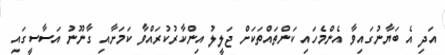
އަދި އެ ބަޔާނުގައިވާ އެންމެހައި ކަންތައްތަކަށް ޖަލީލު އިންކާރުކުރައްވާ ކަމަށާއި ގާނޫނު އަސާސީގައި